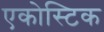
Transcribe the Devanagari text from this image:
एकोस्टिक